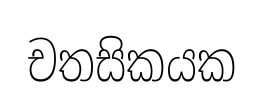
චතසිකයක